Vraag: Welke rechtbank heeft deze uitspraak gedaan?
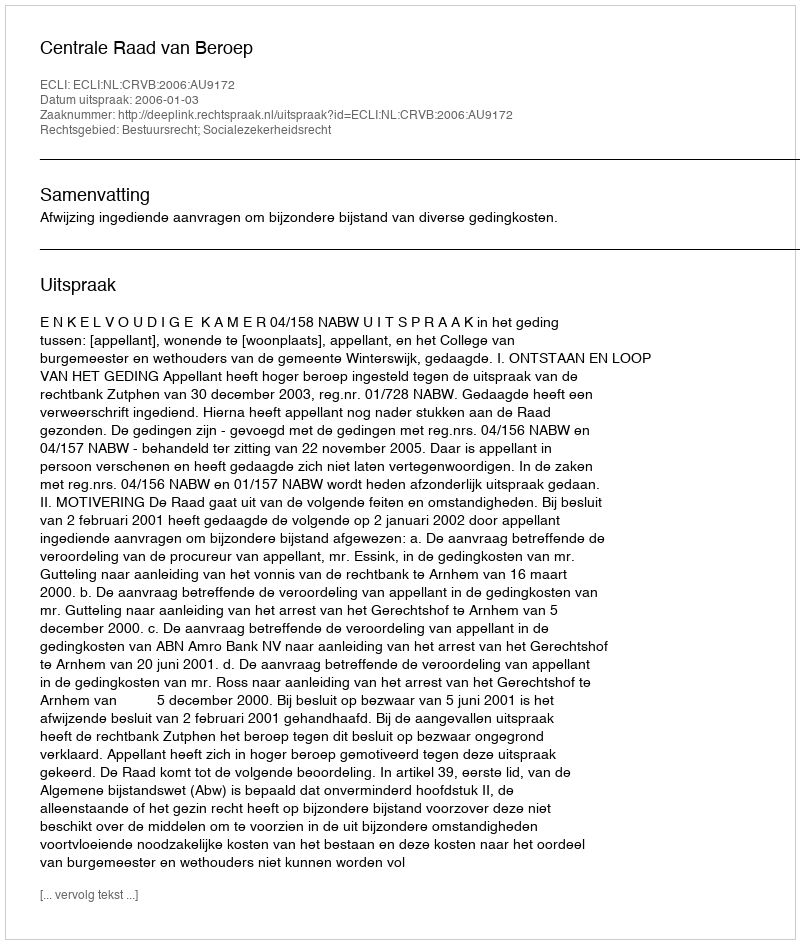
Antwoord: Centrale Raad van Beroep